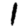
Digit: 1